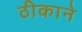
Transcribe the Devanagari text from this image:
ठीकाने